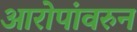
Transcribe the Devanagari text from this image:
आरोपांवरुन